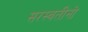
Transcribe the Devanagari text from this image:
सरस्वतीनो